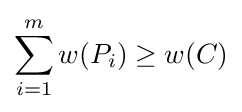
\sum _{i=1}^{m}w(P_{i})\geq w(C)